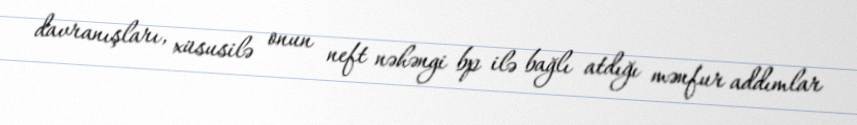
davranışları, xüsusilə onun neft nəhəngi bp ilə bağlı atdığı mənfur addımlar